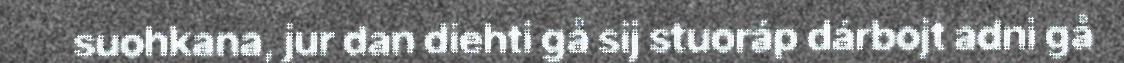
suohkana, jur dan diehti gå sij stuoráp dárbojt adni gå